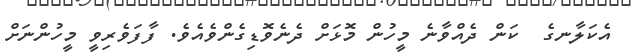
އެކަލާނގެ  ކަން ދެއްވާނެ މީހުން މޮޅަށް ދެނެވޮޑިގެންވެއެވެ. ފާފަވެރިވީ މީހުންނަށް